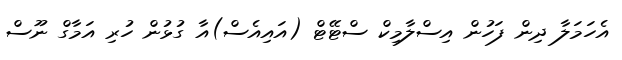
އެހަމަލާ ދިން ފަހުން އިސްލާމިކް ސްޓޭޓް (އައިއެސް)އާ ގުޅުން ހުރި އަމާގް ނޫސް